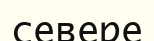
севере